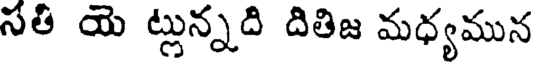
సత యె ట్లున్నది దితిజ మధ్యమున